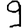
Digit: 9